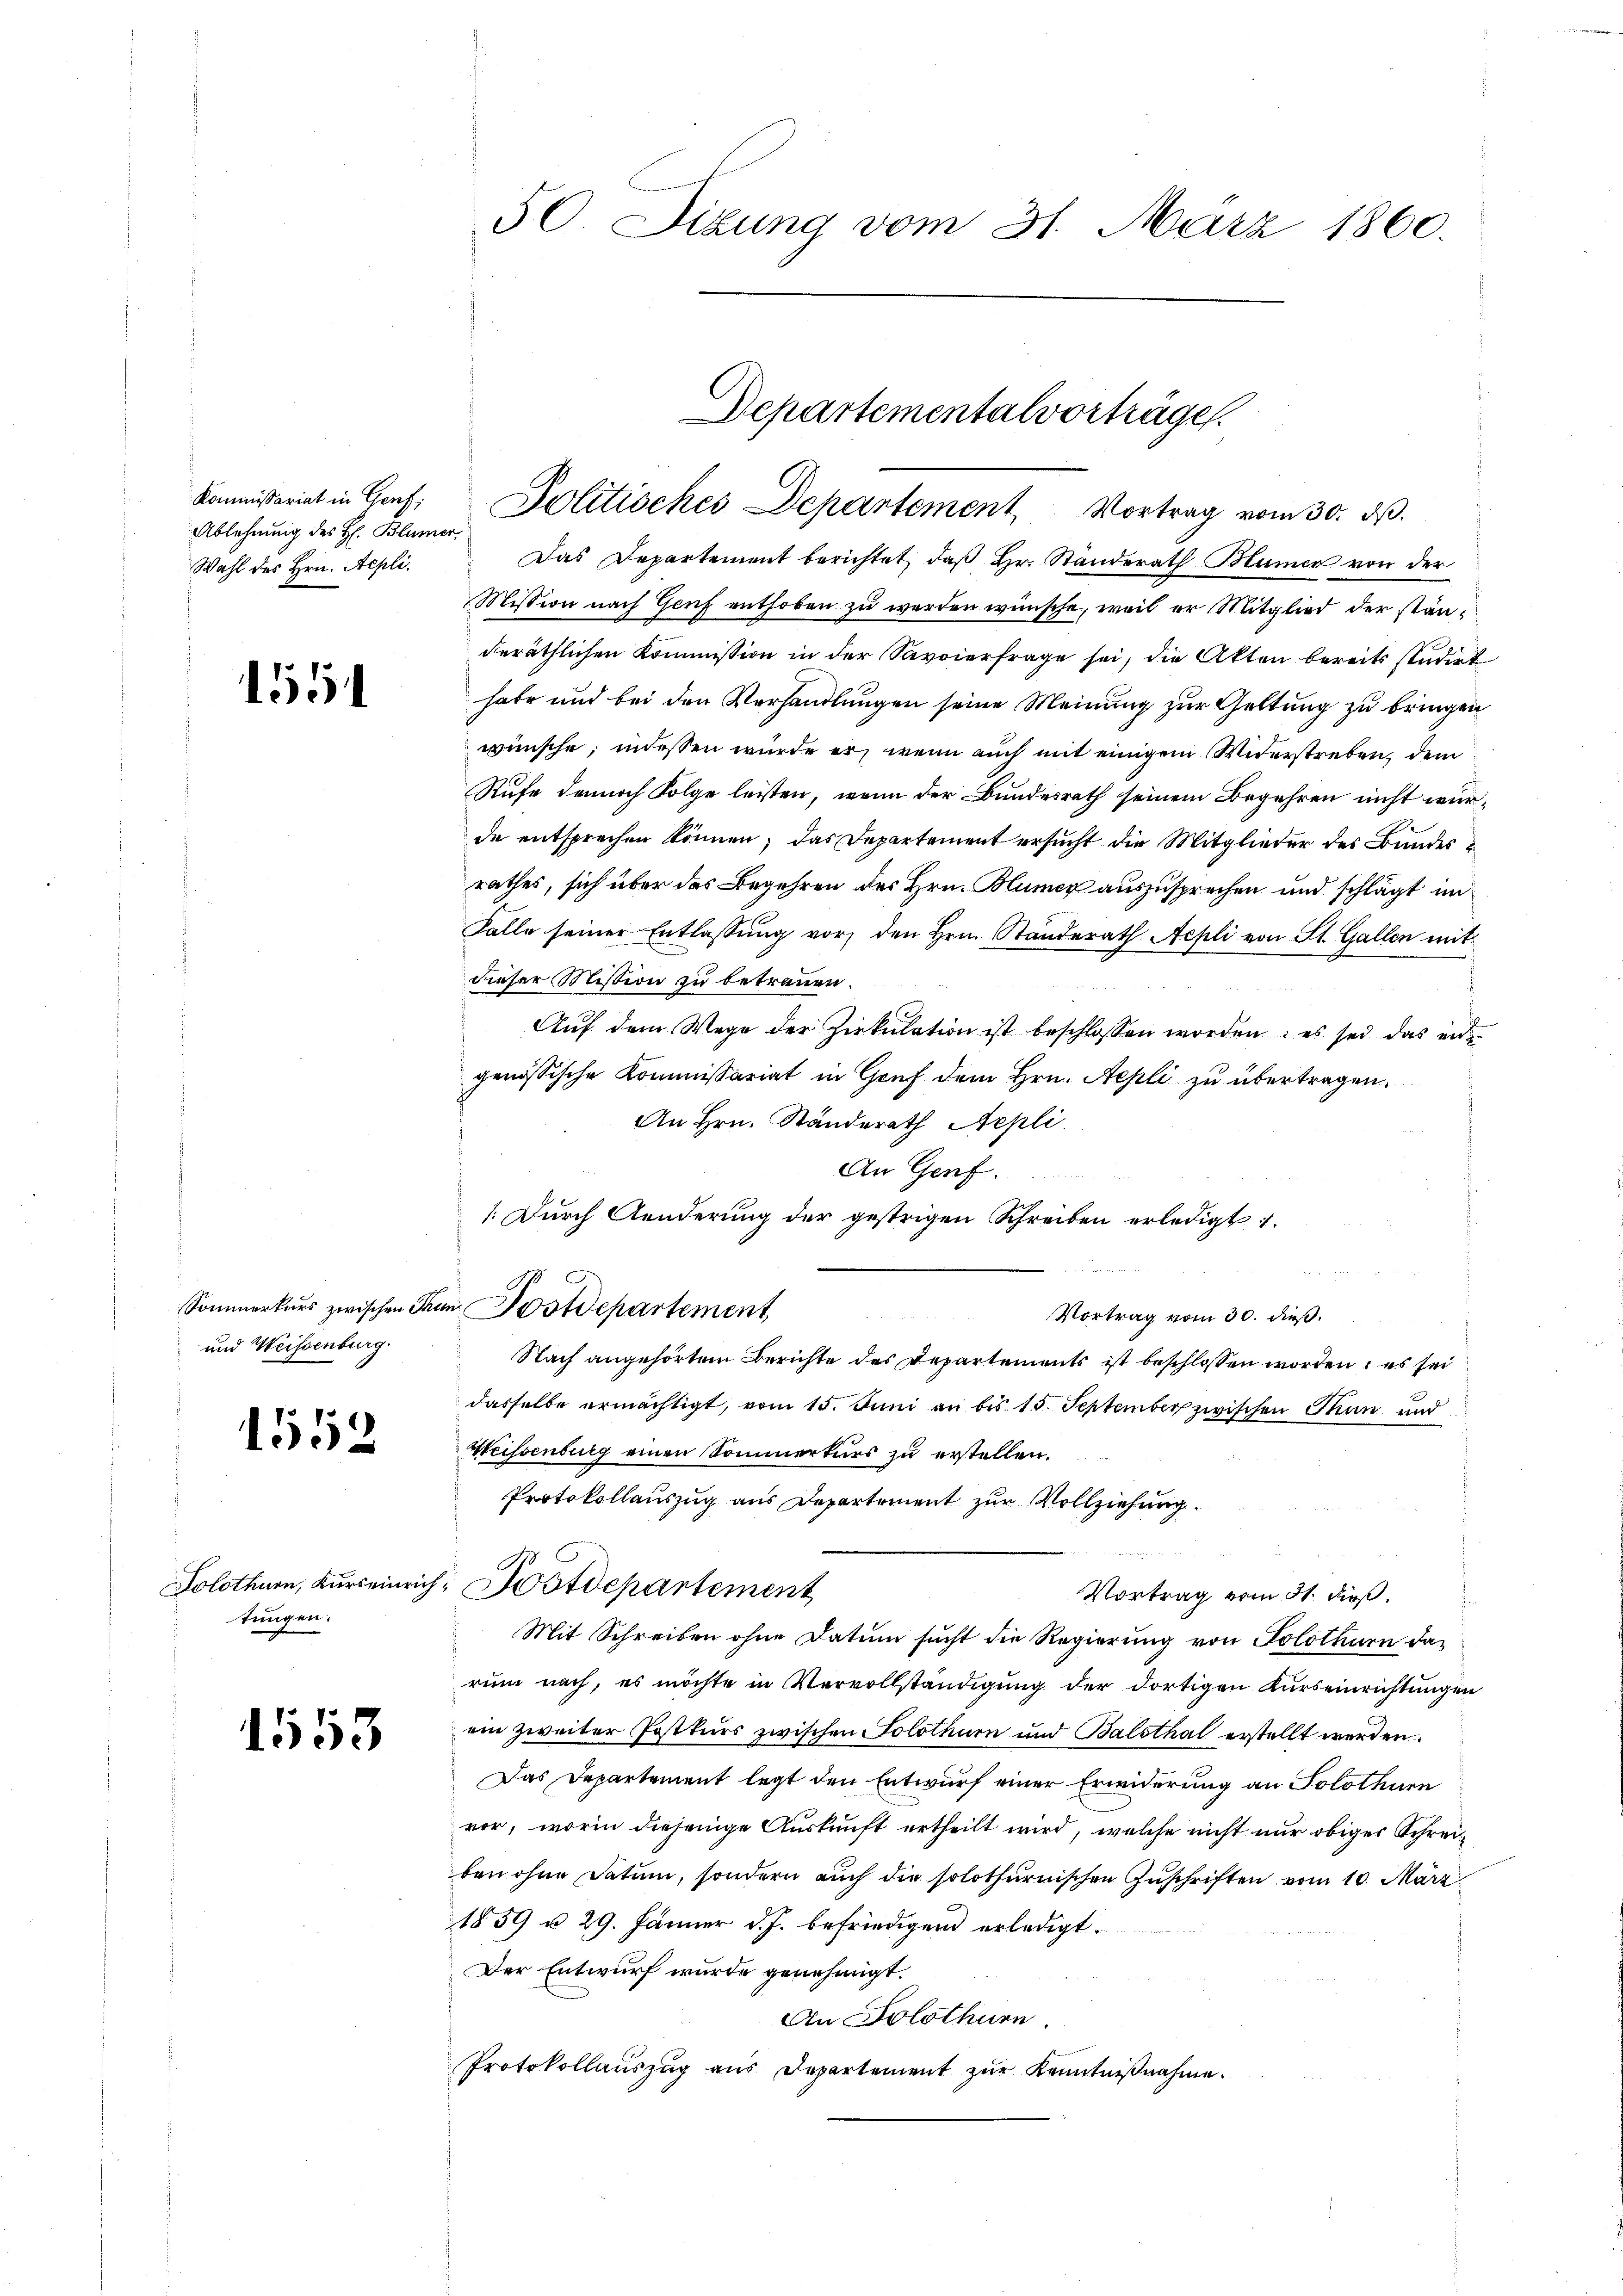
Ablehnung des H. Blümer
Wahl des Hrn. Aepli.

1551

und Weissenburg.

1552

tungen.

1553

50. Sizung vom 31. März 1860.

Das Departement berichtet, daß Hr. Standerath Blumen von der
Mission nach Genf enthoben zu werden wünsche, weil er Mitglied der ständeräthlichen Kommission in der Savoierfrage sei, die Akten bereits studirt
habe und bei den Verhandlungen seine Meinung zur Geltung zu bringen
wünsche; indessen wurde er, wenn auch mit einigem Widerstreben, dem
Rufe dennoch Folge leisten, wenn der Bundesrath seinem Begehren nicht wurde entsprechen können, das Departement ersucht die Mitglieder des Bundesrathes, sich über das Begehren des Hrn. Blumer auszusprechen und schlägt un¬
Falle seiner Entlassŭng vor, den Hrn. Standerath Aepli von St. Gallen mit
dieser Mission zu betrauen.
Auf dem Wege der Zirkulation ist beschlossen worden: es sei das en
genössische Kommissariat in Genf dem Hrn. Aepli zu übertragen.
An Hrn. Standerath Aepli.
An Genf.
/. Durch Aenderŭng der gestrigen Schreiben erledigt
Sommerkurs zwischen Than Postdepartement
Vortrag vom 30. dieß.
Nach angehörtem Berichte des Departements ist beschlossen worden, es sei
dasselbe ermächtigt, vom 15. Juni an bis 15. September zwischen Thun und
Weissenburg einen Sommerturs zu erstellen.
Protokollauszug aus Departement zur Vollziehung.
Solothurn, Kurseinrich, Wotdepartement
Vortrag vom 31. dieß.
Mit Schreiben ohne Datum sucht die Regierung von Solothurn darum nach, es möchte in Vervollständigung der dortigen Kurseinrichtungen
ein zweiter Postkurs zwischen Solothurn und Balsthal erstellt werden.
Das Departement legt den Entwurf einer Erwiderung an Solothurn
vor, worin diejenige Auskunft ertheilt wird, welche nicht nur obiger Schreiben ohne Datum, sondern auch die solothurnischen Zuschriften vom 10. März
1859 n 29. Jänner d. J. befriedigend erledigt.
Der Entwurf wurde genehmigt.
An Solothurn.
Protokollauszug aus Departement zur Kenntnißnahme.

Departementalvorträge.
Kommissariat in Genf, Politisches Departement Vortrag vom 30. dβ.